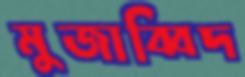
মুজাব্বিদ